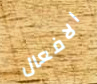
الافعال